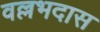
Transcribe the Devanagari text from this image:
वल्लभदास